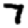
Digit: 7